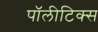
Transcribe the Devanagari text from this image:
पॉलीटिक्स